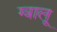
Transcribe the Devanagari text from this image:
ग्वालू